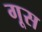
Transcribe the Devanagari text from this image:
गूस